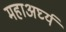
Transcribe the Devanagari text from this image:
महाअर्घ्य